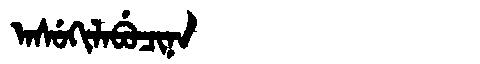
Manchu: ᠠᠰᡠᡴᡳᠯᠠᠪᡠᠴᡳᠨᠠ
Romanization: ASUKILABUCINA